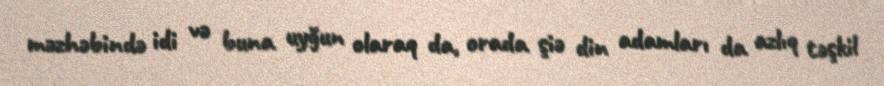
məzhəbində idi və buna uyğun olaraq da, orada şiə din adamları da azlıq təşkil